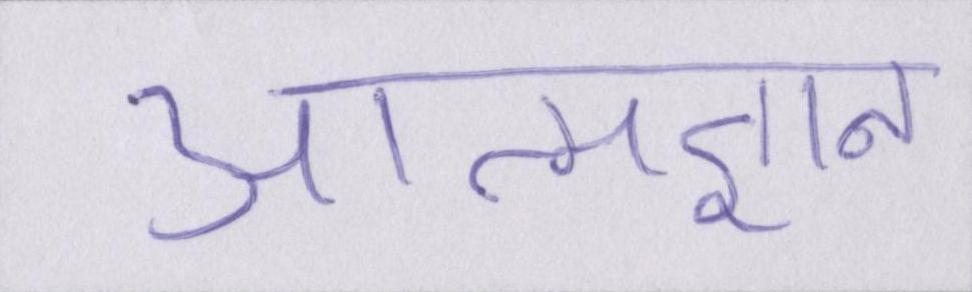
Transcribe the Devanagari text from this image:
आत्मज्ञान